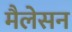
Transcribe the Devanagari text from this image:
मैलेसन